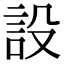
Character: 設